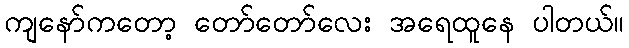
ကျနော်ကတော့ တော်တော်လေး အရေထူနေ ပါတယ်။